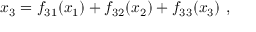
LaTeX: x _ { 3 } = f _ { 3 1 } ( x _ { 1 } ) + f _ { 3 2 } ( x _ { 2 } ) + f _ { 3 3 } ( x _ { 3 } ) \ ,